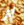
لم